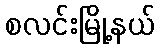
စလင်းမြို့နယ်